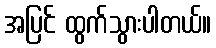
အပြင် ထွက်သွားပါတယ်။